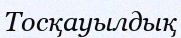
Тосқауылдық